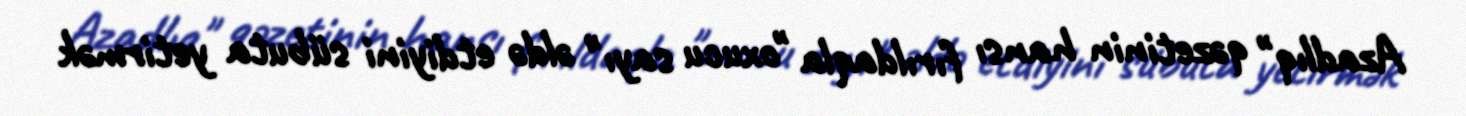
Azadlıq" qəzetinin hansı fırıldaqla "oxucu sayı" əldə etdiyini sübuta yetirmək